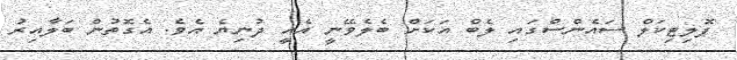
ޕޮލިޓިކަލް ސައެންސްގައި ލެބް އަކަށް ބެލެވޭނީ އެއީ ދުނިޔެ އެވެ. އެގޮތުން ބަލާއިރު